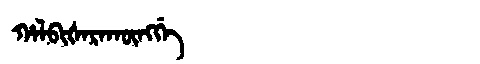
Manchu: ᡥᠠᠯᠪᡳᡧᠠᡵᠠᡴᡡᠩᡤᡝ
Romanization: HALBIŠARAKŪNGGE